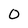
Character: 0